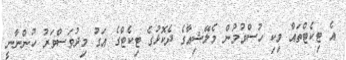
އެ ޓިކެޓްތައް ވިކި ހުސްވުމުން މެލޭޝިއާގެ ދެކޮޅުގެ ޓިކެޓްގެ އަގު މިދުވަސްވަރު ހުންނާނީ